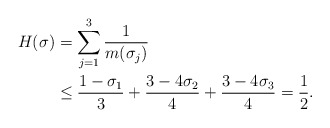
\begin{align*}H(\sigma)&=\sum_{j=1}^3\frac {1}{m(\sigma_j)}\\&\le\frac{1-\sigma_1}{3}+\frac{3-4\sigma_2}{4}+\frac{3-4\sigma_3}{4}=\frac 12.\end{align*}